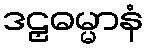
ဒဠှဓမ္မာနံ